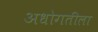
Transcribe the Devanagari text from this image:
अधोगतीला